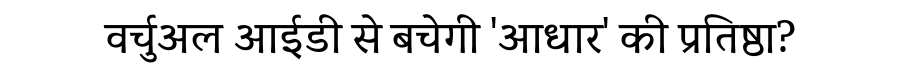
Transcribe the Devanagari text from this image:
वर्चुअल आईडी से बचेगी 'आधार' की प्रतिष्ठा?